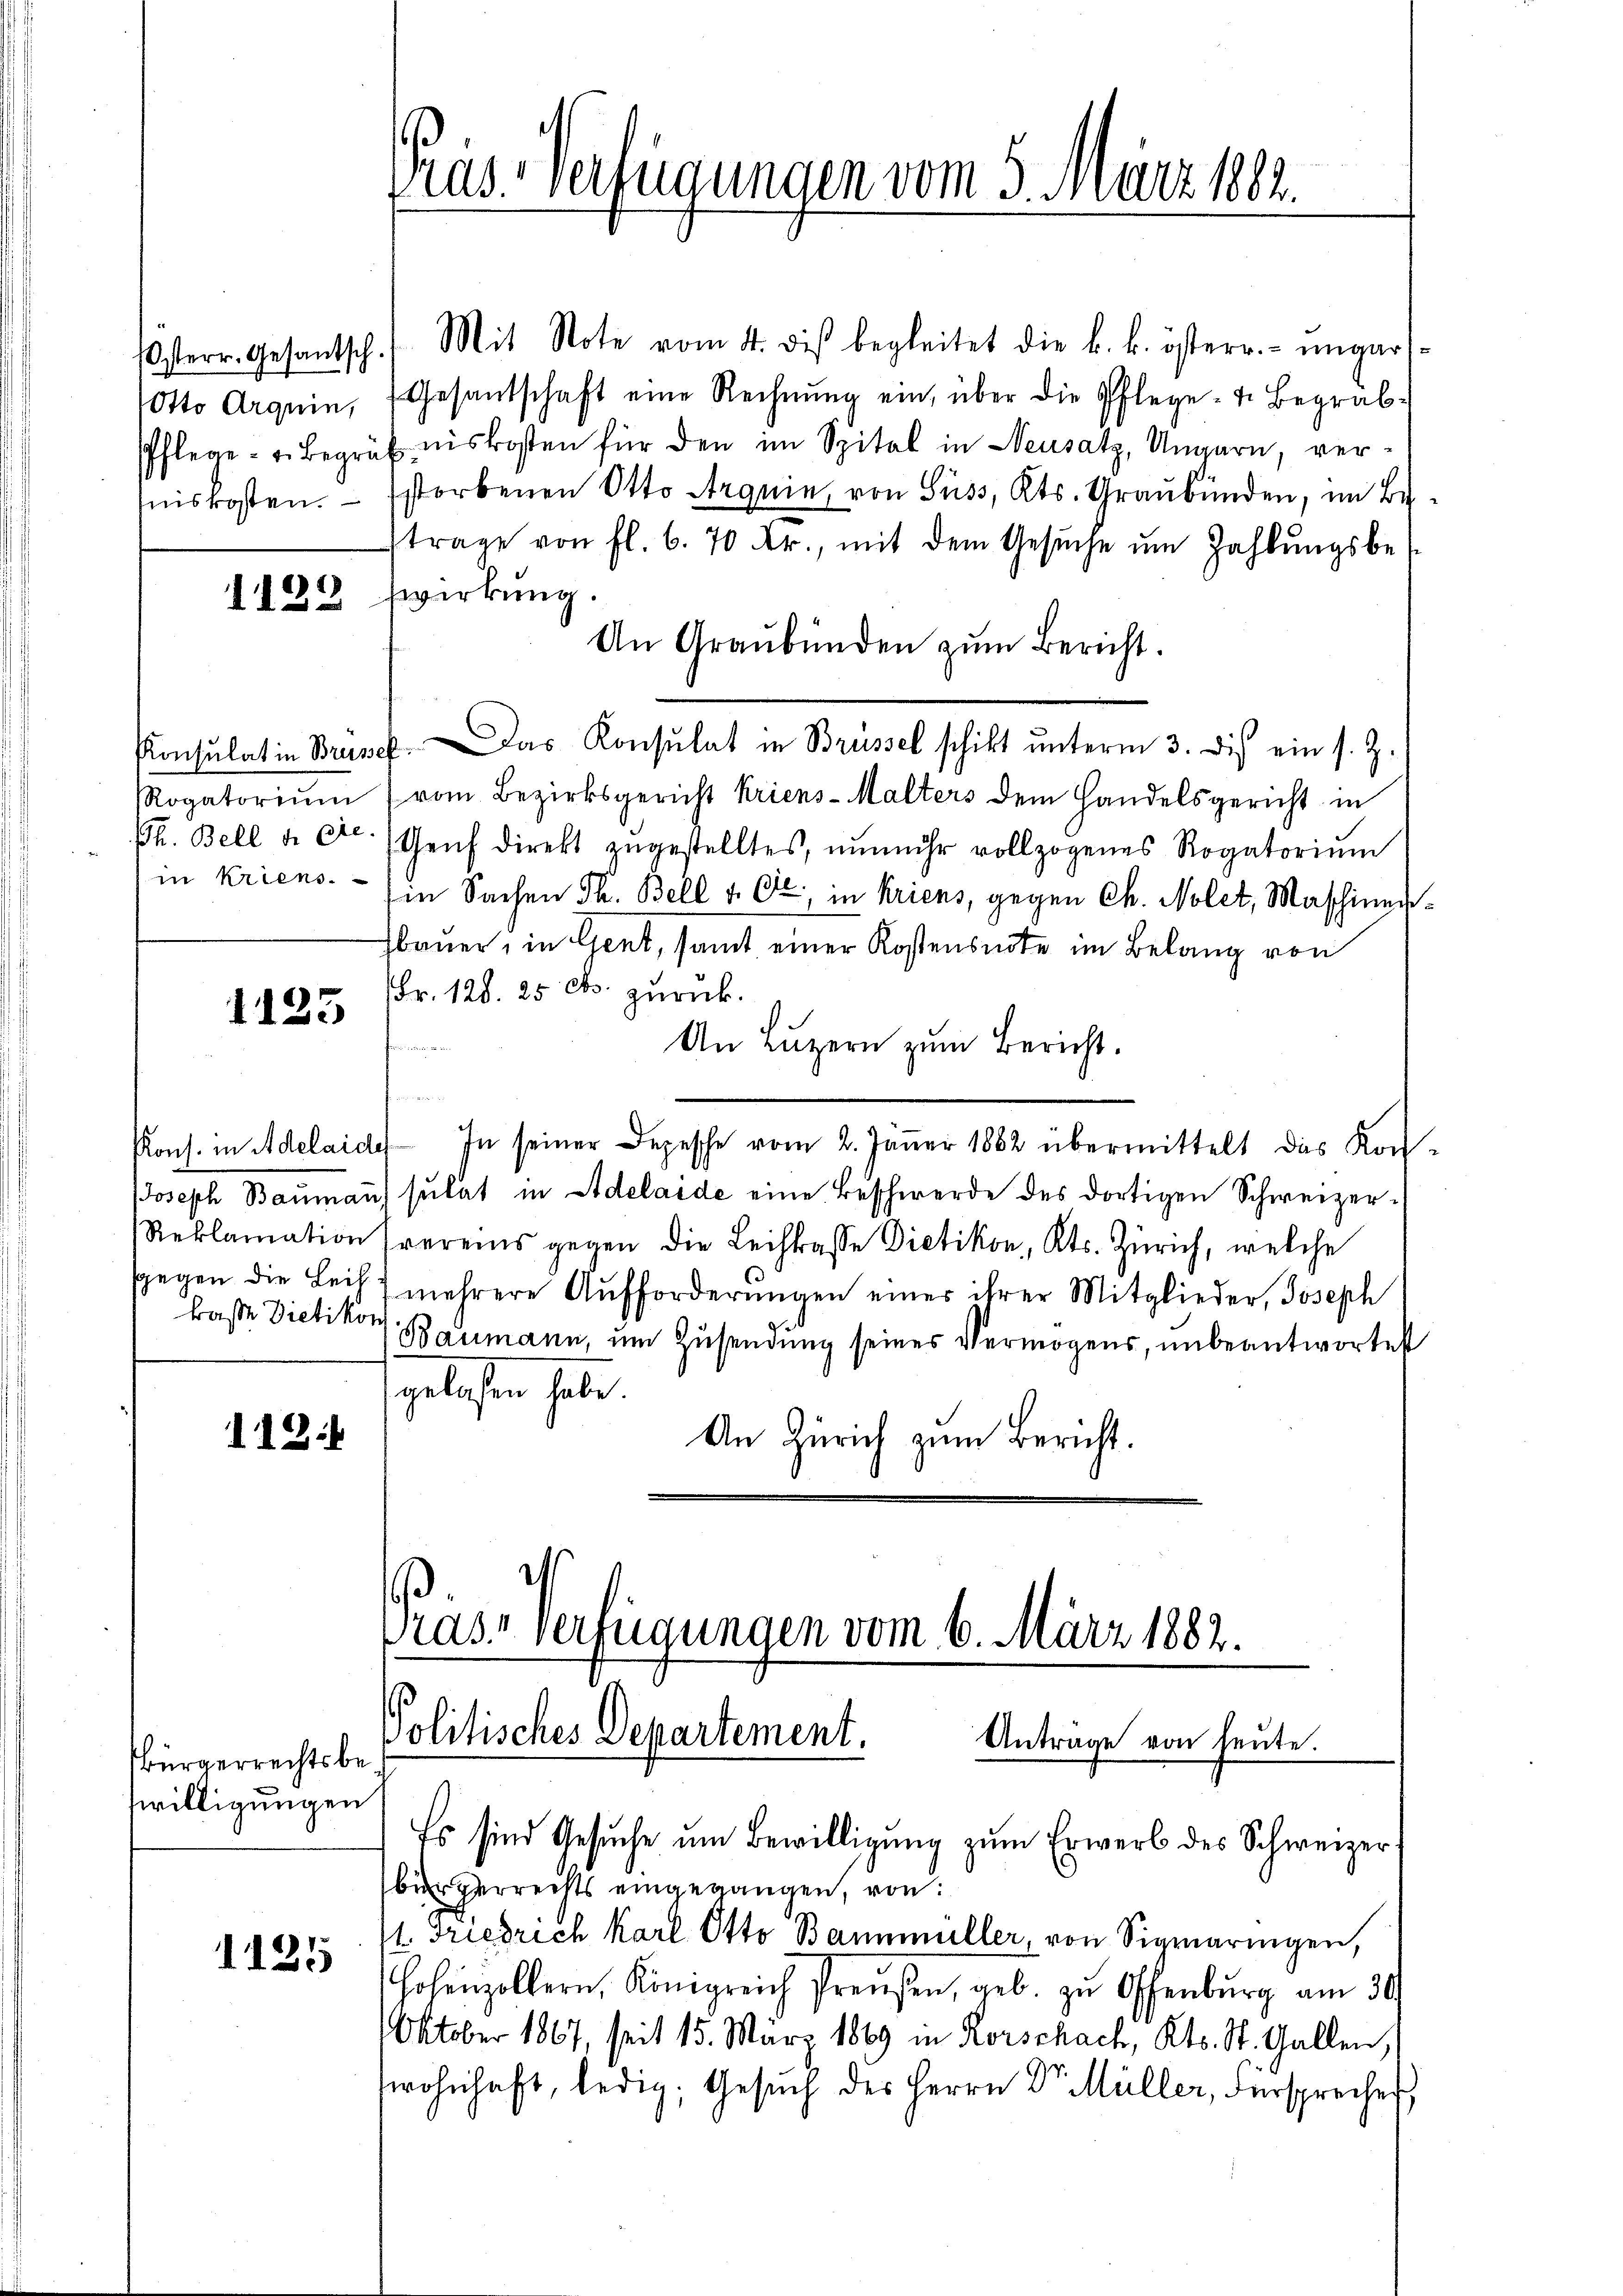
1122

Usterr. Gesantsch. Mit Note vom 4. des begleitet die k. k. österr. ungar
Otto Arquin, Gesantschaft eine Rechnŭng ein, über die Pflege - 4. Begräb-
Pflege- u. Begräbniskosten für den im Spital in Neusatz, Ungarn ver-
niskosten. Estorbenen Otto Arqnie, von Süss, Kts. Graubünden, im Be
trage von fl. 6. 70 Fr., mit dem Gesŭche ŭm Zahlŭngsbes
wirkung.
An Graubünden zŭm Bericht.
Konsulat in Brüne. Das Konsulat in Brüssel schikt ŭnterm 3. dies ein s. Z.
RRogatoriŭm (vom Bezirksgericht kriens-Malters dem Handelsgericht in
Ch. Bell a. d. Genf direkt zŭgestelltes, nŭnmehr vollzogenes Rogatoriŭm
in Kriens. Ein Sachen Th. Bell 4 Ctr., in Kriens, gegen Ch. Nolet, Maschinen
bauer, in Gent, samt einer Kostensnote im Belang von
FFr. 128. 25 Cts. zurück.
1125
An Luzern zum Bericht.

Kons. in Adelaide. In seiner Depesche vom 2. Jäṅer 1882 übermittelt das Kon-
Joseph Baumans sulat in Adelaide eine Beschwerde des dortigen Schweizer¬
Reklamation frerens gegen die Leihkasse Dietikon, Kts. Zürich, welche
sgegen die Leits mehrere Aŭfforderŭngen einer ihrer Mitglieder, Joseph
kasse Dietikon
Baumann, um Zusendung seines Vermögens, unbeantwortet
gelesen habe.
An Zürich zum Bericht.
112.

sbürgerrechtsbewilligungen

1125

Gras verfügungen vom 5. März 1882.

rase verfügungen vom 6. März 1882.
Politisches Departement.
Anträge von heute.

Es sind Gesuche um Bewilligung zum Erwerb des Schweizer-
bürgerrechts eingegangen, von:
t. Friedrich Karl Otto Bannmüller, von Sigmaringen,
Hohenzollern, Königreich Preußen, geb. zu Offenburg am 30.
Oktober 1867, seit 15. März 1889 in Korschach, Kts. St. Gallen.
wohnhaft, ledig, Gesuch des Herrn Dr. Müller, Fürspreches